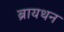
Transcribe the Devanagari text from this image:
ब्रायथन